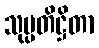
သုပ္ပတိဋ္ဌိတာ